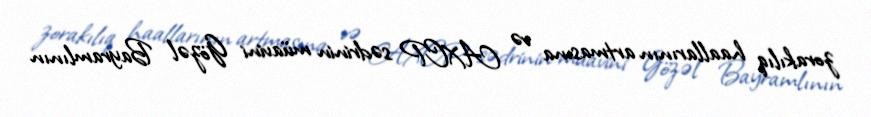
zorakılıq haallarının artmasına və AXCP sədrinin müavini Gözəl Bayramlının